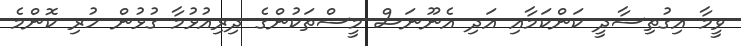
ވީމާ އިގުތިސާދީ ކަންކަމާއި އަދި އެނޫނަސް މީސްތަކުންގެ ދިރިއުޅުމާ ގުޅުން ހުރި ކޮންމެ